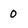
Character: 0